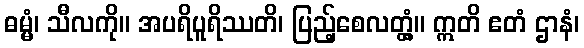
ဓမ္မံ၊ သီလကို။ အပရိပူရိဿတိ၊ ပြည့်စေလတ္တံ့။ ဣတိ ဧတံ ဌာနံ၊